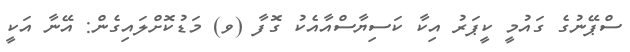
ސްޕޭނުގެ ގައުމީ ކީޕަރު އިކާ ކަސިޔާސްއާއެކު ގޮފާ (ވ) މަޑުކޮށްލައިގެން: އޭނާ އަކީ